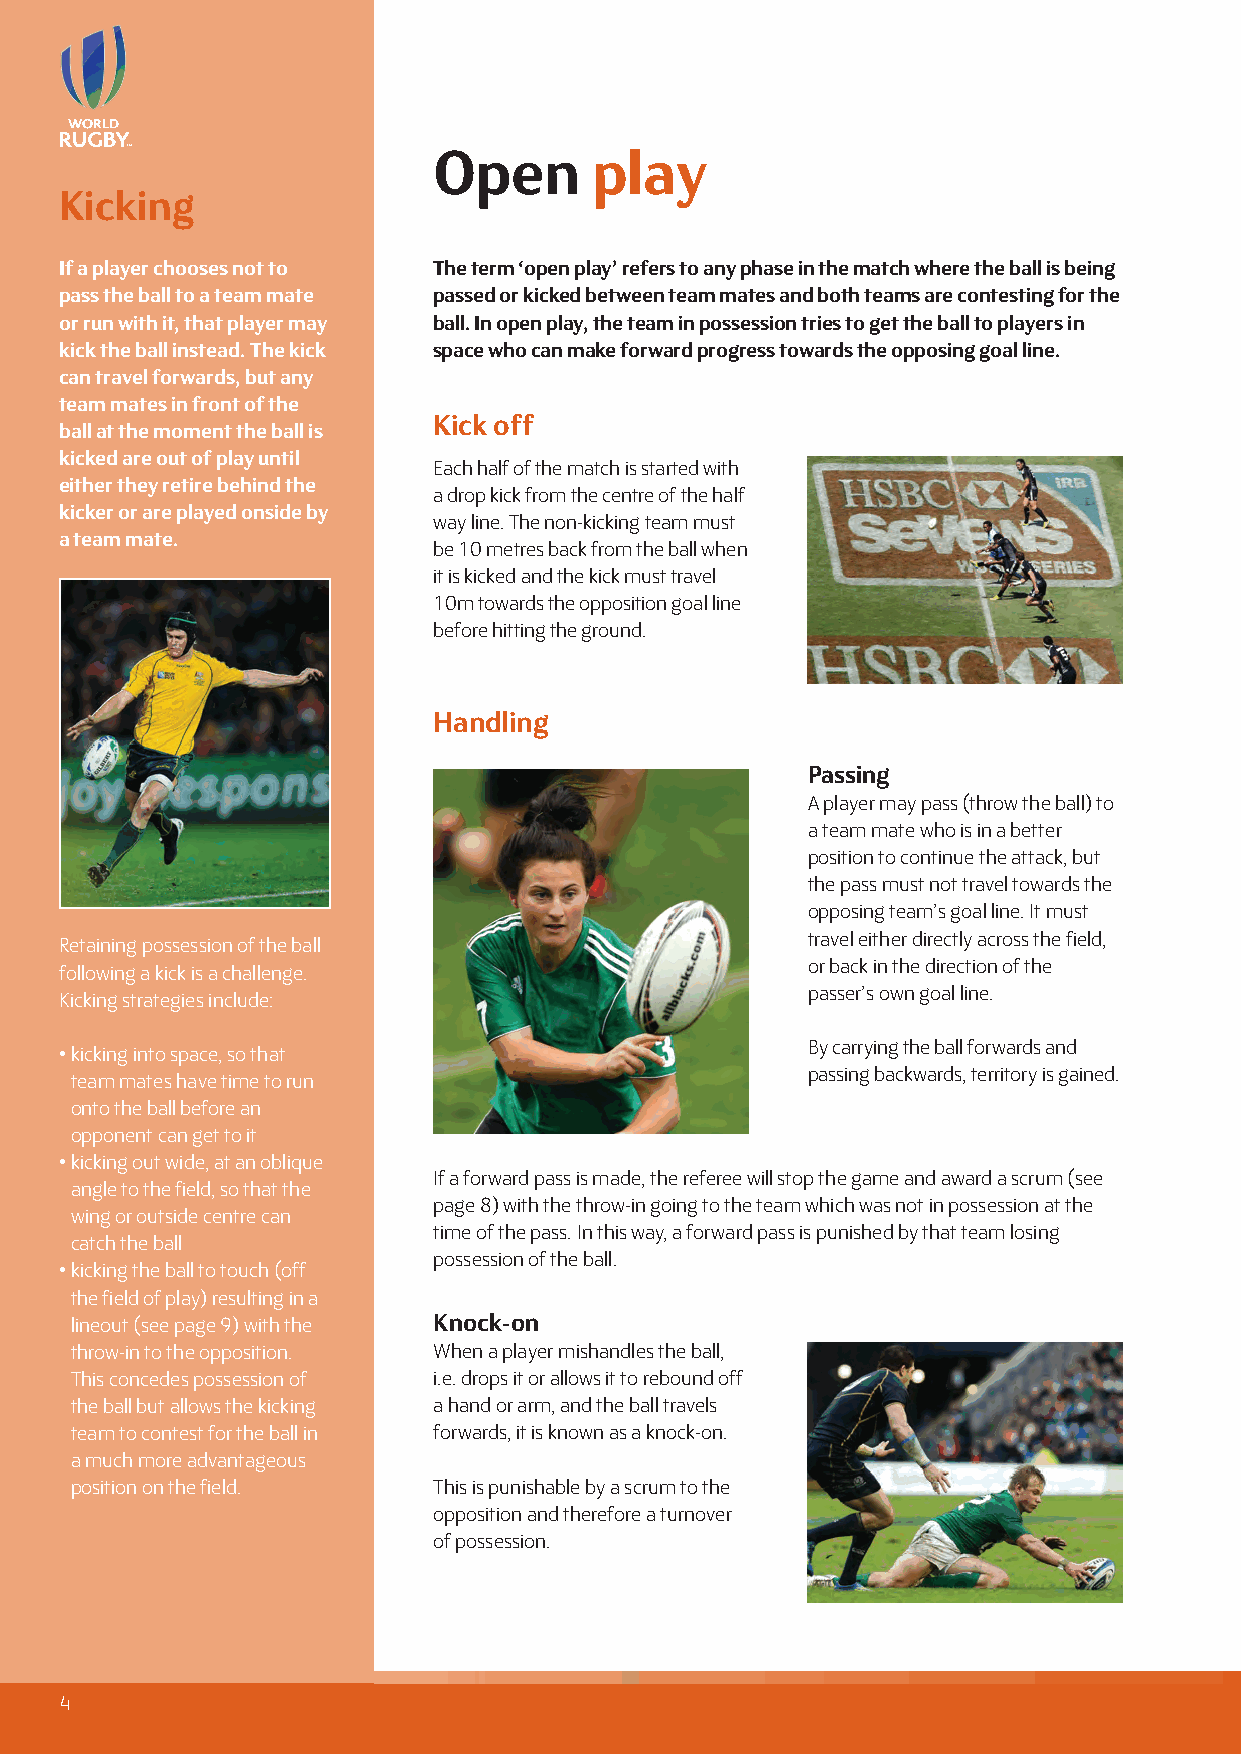
Open      play
 Kicking
 If a player chooses not to The term ‘open play’ refers to any phase in the match where the ball is being
 pass the ball to a team mate passed or kicked between team mates and both teams are contesting for the
 or run with it, that player may ball. In open play, the team in possession tries to get the ball to players in
 kick the ball instead. The kick space who can make forward progress towards the opposing goal line.
 can travel forwards, but any
 team mates in front of the
 Kick off
 ball at the moment the ball is
 kicked are out of play until
 Each half of the match is started with
 either they retire behind the
 a drop kick from the centre of the half
 kicker or are played onside by
 way line. The non-kicking team must
 a team mate.
 be 10 metres back from the ball when
 it is kicked and the kick must travel
 10m towards the opposition goal line
 before hitting the ground.
 Handling
 Passing
 A player may pass (throw the ball) to
 a team mate who is in a better
 position to continue the attack, but
 the pass must not travel towards the
 opposing team’s goal line. It must
 travel either directly across the field,
 Retaining possession of the ball
 or back in the direction of the
 following a kick is a challenge.
 passer’s own goal line.
 Kicking strategies include:
 By carrying the ball forwards and
 • kicking into space, so that
 passing backwards, territory is gained.
 team mates have time to run
 onto the ball before an
 opponent can get to it
 • kicking out wide, at an oblique
 If a forward pass is made, the referee will stop the game and award a scrum (see
 angle to the field, so that the
 page 8) with the throw-in going to the team which was not in possession at the
 wing or outside centre can
 time of the pass. In this way, a forward pass is punished by that team losing
 catch the ball
 possession of the ball.
 • kicking the ball to touch (off
 the field of play) resulting in a
 lineout (see page 9) with the Knock-on
 throw-in to the opposition. When a player mishandles the ball,
 This concedes possession of i.e. drops it or allows it to rebound off
 the ball but allows the kicking a hand or arm, and the ball travels
 team to contest for the ball in forwards, it is known as a knock-on.
 a much more advantageous
 position on the field.  This is punishable by a scrum to the
 opposition and therefore a turnover
 of possession.
 4